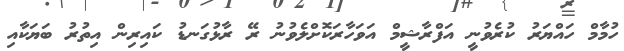
ހުމާމް ހައްޔަރު ކުރެވުނީ އަފްރާޝީމް އަވަހާރަކޮށްލެވުނު ރޭ ރާޅުގަނޑު ކައިރިން އިތުރު ބަޔަކާއި